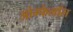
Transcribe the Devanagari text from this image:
ओम्फेलॉस